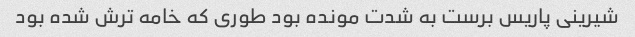
شیرینی پاریس برست به شدت مونده بود طوری که خامه ترش شده بود